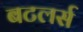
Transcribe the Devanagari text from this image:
बटलर्स